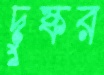
দুষ্কর